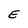
Character: E